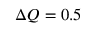
\Delta Q = 0 . 5